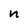
Character: n